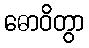
ဓောဝိတွာ